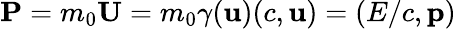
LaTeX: \mathbf{P}=m_{0}\mathbf{U}=m_{0}\gamma(\mathbf{u})(c,\mathbf{u})=(E/c,\mathbf{p})